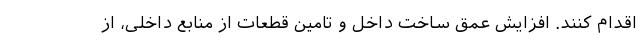
اقدام کنند. افزایش عمق ساخت داخل و تامین قطعات از منابع داخلی، از